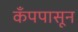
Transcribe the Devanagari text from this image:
कँपपासून